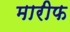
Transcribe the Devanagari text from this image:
मारीफ